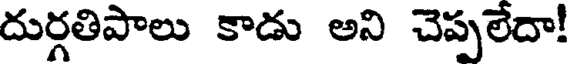
దుర్గతిపాలు కాడు అని చెప్పలేదా!